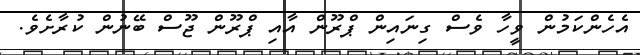
އެހެންކަމުން ވީހާ ވެސް ގިނައިން ޕްރޫން އާއި ޕްރޫން ޖޫސް ބޭނުން ކުރާށެވެ.